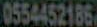
0554452186